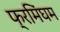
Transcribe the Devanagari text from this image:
फ्रमिंघम